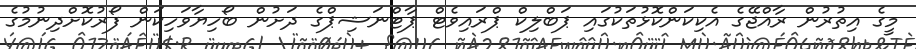
މީގެ އިތުރުން ރާއްޖޭގެ އެކިކަންކޮޅުތަކުގައި ޕަބްލިކް ޕްރައިވެޓް ޕާޓްނަޝިޕްގެ ދަށުން ބޯހިޔާވަހިކަން ފޯރުކޮށްދިނުމުގެ